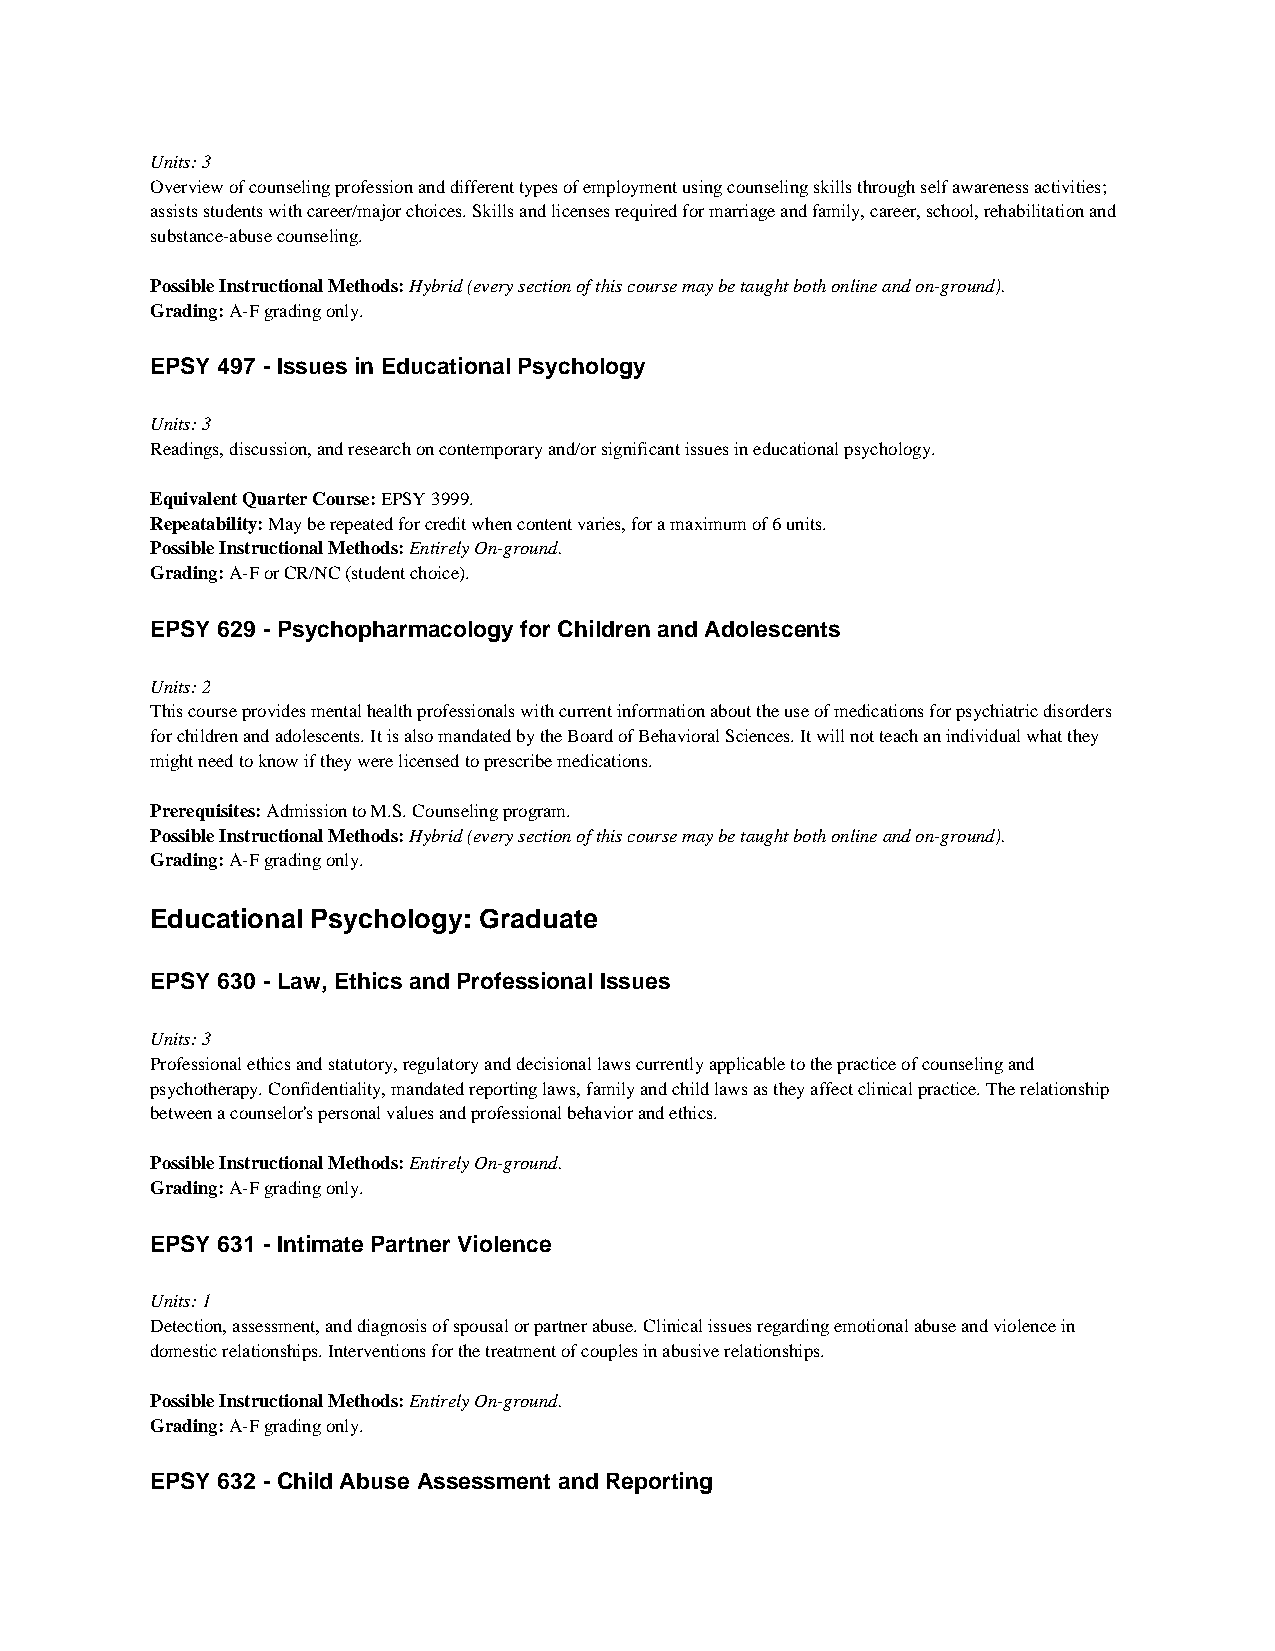
Units: 3
 Overview of counseling profession and different types of employment using counseling skills through self awareness activities;
 assists students with career/major choices. Skills and licenses required for marriage and family, career, school, rehabilitation and
 substance-abuse counseling.
 Possible Instructional Methods: Hybrid (every section of this course may be taught both online and on-ground).
 Grading: A-F grading only.
 EPSY 497 - Issues in Educational Psychology
 Units: 3
 Readings, discussion, and research on contemporary and/or significant issues in educational psychology.
 Equivalent Quarter Course: EPSY 3999.
 Repeatability: May be repeated for credit when content varies, for a maximum of 6 units.
 Possible Instructional Methods: Entirely On-ground.
 Grading: A-F or CR/NC (student choice).
 EPSY 629 - Psychopharmacology for Children and Adolescents
 Units: 2
 This course provides mental health professionals with current information about the use of medications for psychiatric disorders
 for children and adolescents. It is also mandated by the Board of Behavioral Sciences. It will not teach an individual what they
 might need to know if they were licensed to prescribe medications.
 Prerequisites: Admission to M.S. Counseling program.
 Possible Instructional Methods: Hybrid (every section of this course may be taught both online and on-ground).
 Grading: A-F grading only.
 Educational Psychology: Graduate
 EPSY 630 - Law, Ethics and Professional Issues
 Units: 3
 Professional ethics and statutory, regulatory and decisional laws currently applicable to the practice of counseling and
 psychotherapy. Confidentiality, mandated reporting laws, family and child laws as they affect clinical practice. The relationship
 between a counselor's personal values and professional behavior and ethics.
 Possible Instructional Methods: Entirely On-ground.
 Grading: A-F grading only.
 EPSY 631 - Intimate Partner Violence
 Units: 1
 Detection, assessment, and diagnosis of spousal or partner abuse. Clinical issues regarding emotional abuse and violence in
 domestic relationships. Interventions for the treatment of couples in abusive relationships.
 Possible Instructional Methods: Entirely On-ground.
 Grading: A-F grading only.
 EPSY 632 - Child Abuse Assessment and Reporting